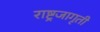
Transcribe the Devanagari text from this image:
राष्ट्रजागृती